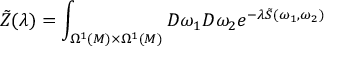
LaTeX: \tilde { Z } ( \lambda ) = \int _ { \Omega ^ { 1 } ( M ) \times \Omega ^ { 1 } ( M ) } { \cal D } \omega _ { 1 } { \cal D } \omega _ { 2 } e ^ { - \lambda \tilde { S } ( \omega _ { 1 } , \omega _ { 2 } ) }